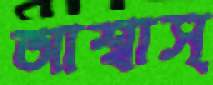
আশ্বাস্